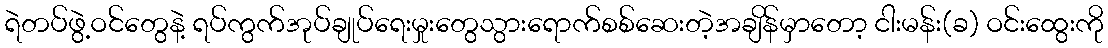
ရဲတပ်ဖွဲ့ဝင်တွေနဲ့ ရပ်ကွက်အုပ်ချုပ်ရေးမှုးတွေသွားရောက်စစ်ဆေးတဲ့အချိန်မှာတော့ ငါးမန်း(ခ) ဝင်းထွေးကို